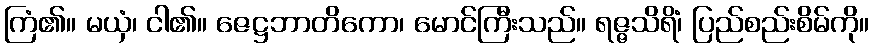
ကြံ၏။ မယှံ၊ ငါ၏။ ဇေဋ္ဌဘာတိကော၊ မောင်ကြီးသည်။ ရဇ္ဇသိရိံ၊ ပြည်စည်းစိမ်ကို။